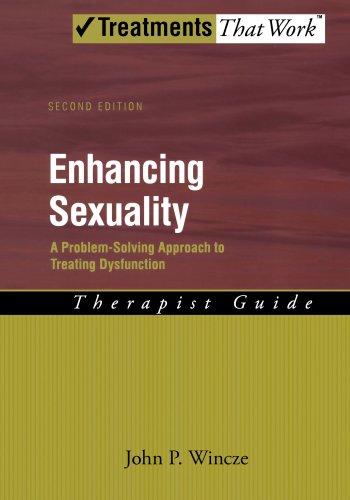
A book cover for Enhancing Sexuality: A Problem-Solving Approach to Treating Dysfunction Therapist Guide Therapist Guide (Treatments That Work); John Wincze; Health, Fitness & Dieting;